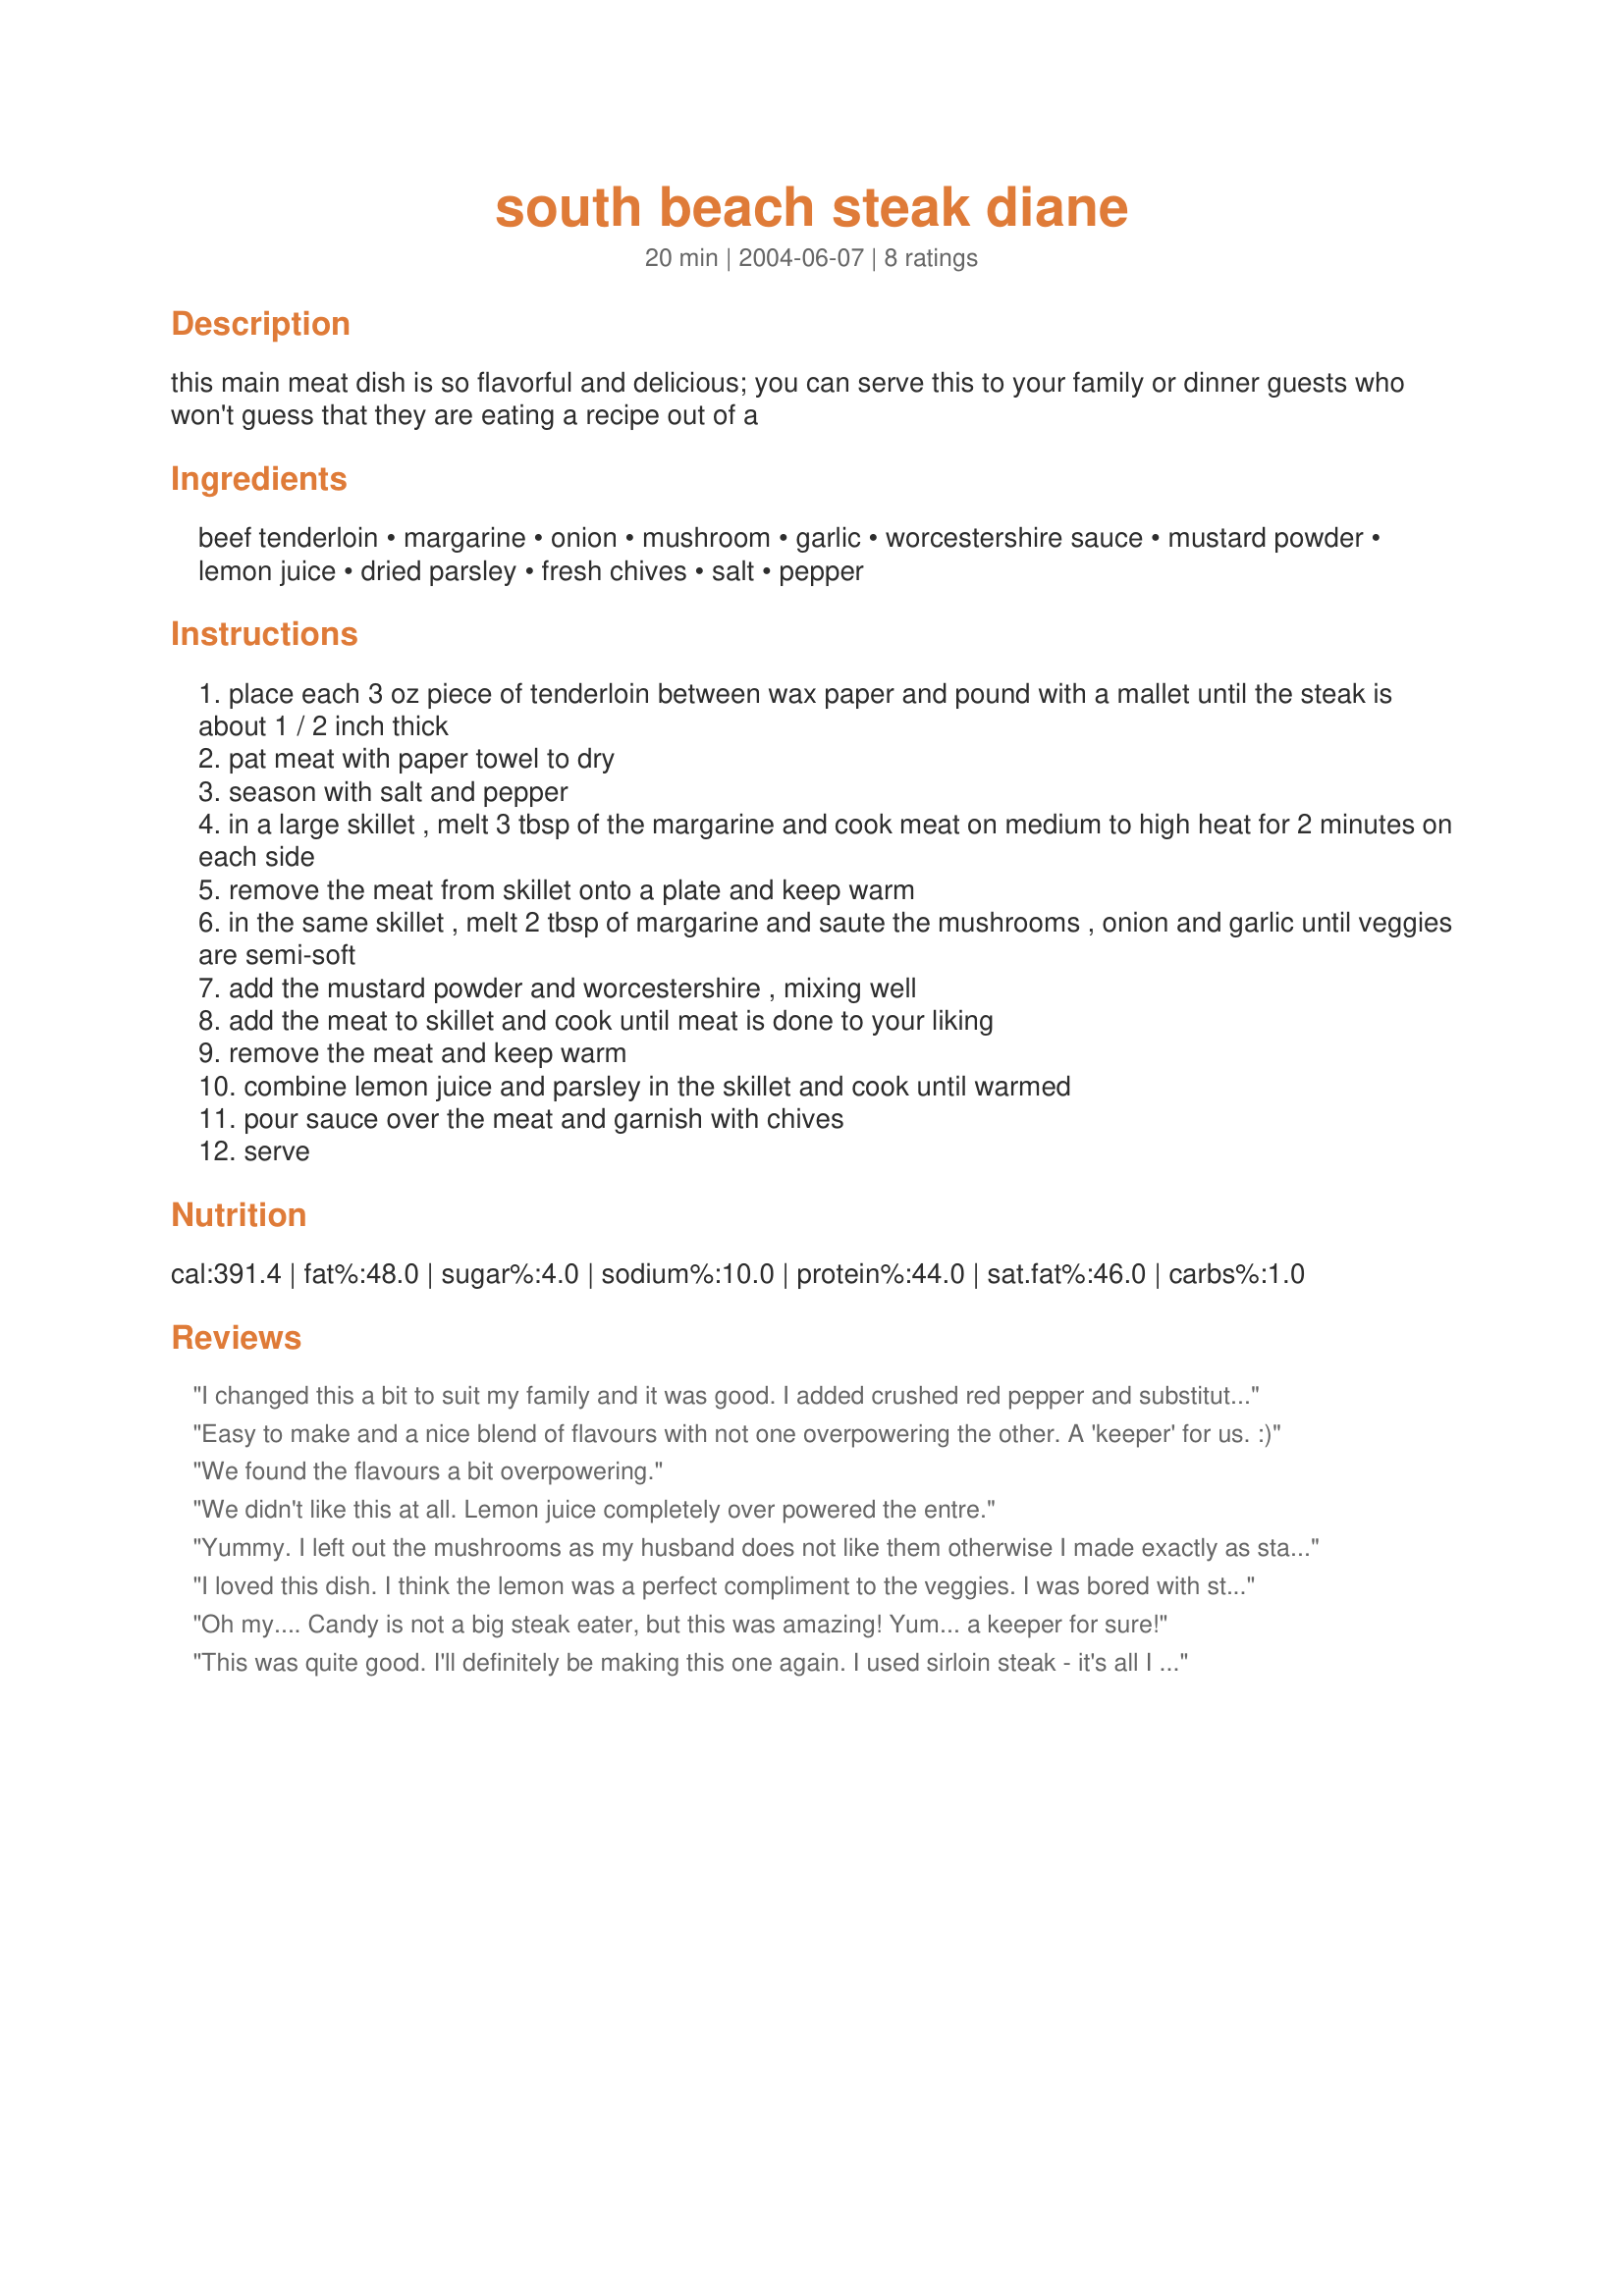
south beach steak diane
Preparation time: 20 minutes

this main meat dish is so flavorful and delicious; you can serve this to your family or dinner guests who won't guess that they are eating a recipe out of a

Ingredients:
beef tenderloin, margarine, onion, mushroom, garlic, worcestershire sauce, mustard powder, lemon juice, dried parsley, fresh chives, salt, pepper

Steps:
place each 3 oz piece of tenderloin between wax paper and pound with a mallet until the steak is about 1 / 2 inch thick
pat meat with paper towel to dry
season with salt and pepper
in a large skillet , melt 3 tbsp of the margarine and cook meat on medium to high heat for 2 minutes on each side
remove the meat from skillet onto a plate and keep warm
in the same skillet , melt 2 tbsp of margarine and saute the mushrooms , onion and garlic until veggies are semi-soft
add the mustard powder and worcestershire , mixing well
add the meat to skillet and cook until meat is done to your liking
remove the meat and keep warm
combine lemon juice and parsley in the skillet and cook until warmed
pour sauce over the meat and garnish with chives
serve

Reviews:
I changed this a bit to suit my family and it was good. I added crushed red pepper and substituted the mushrooms with summer squash and zucchini. YUMMY
Easy to make and a nice blend of flavours with not one overpowering the other. A 'keeper' for us. :)
We found the flavours a bit overpowering.
We didn't like this at all. Lemon juice completely over powered the entre.
Yummy. I left out the mushrooms as my husband does not like them otherwise I made exactly as stated. We are "beaching it" and this steak was so nice - I wished I could have eaten more.
I loved this dish. I think the lemon was a perfect compliment to the veggies. I was bored with steak before this one.
Oh my.... Candy is not a big steak eater, but this was amazing! Yum... a keeper for sure!
This was quite good. I'll definitely be making this one again. I used sirloin steak - it's all I had, and I substituted green onions for the chives. Thanks for the great recipe!
